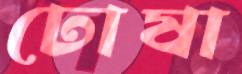
ঢোষা